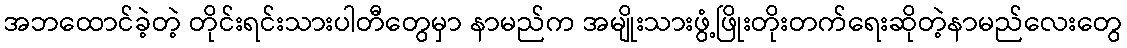
အဘထောင်ခဲ့တဲ့ တိုင်းရင်းသားပါတီတွေမှာ နာမည်က အမျိုးသားဖွံ့ဖြိုးတိုးတက်ရေးဆိုတဲ့နာမည်လေးတွေ